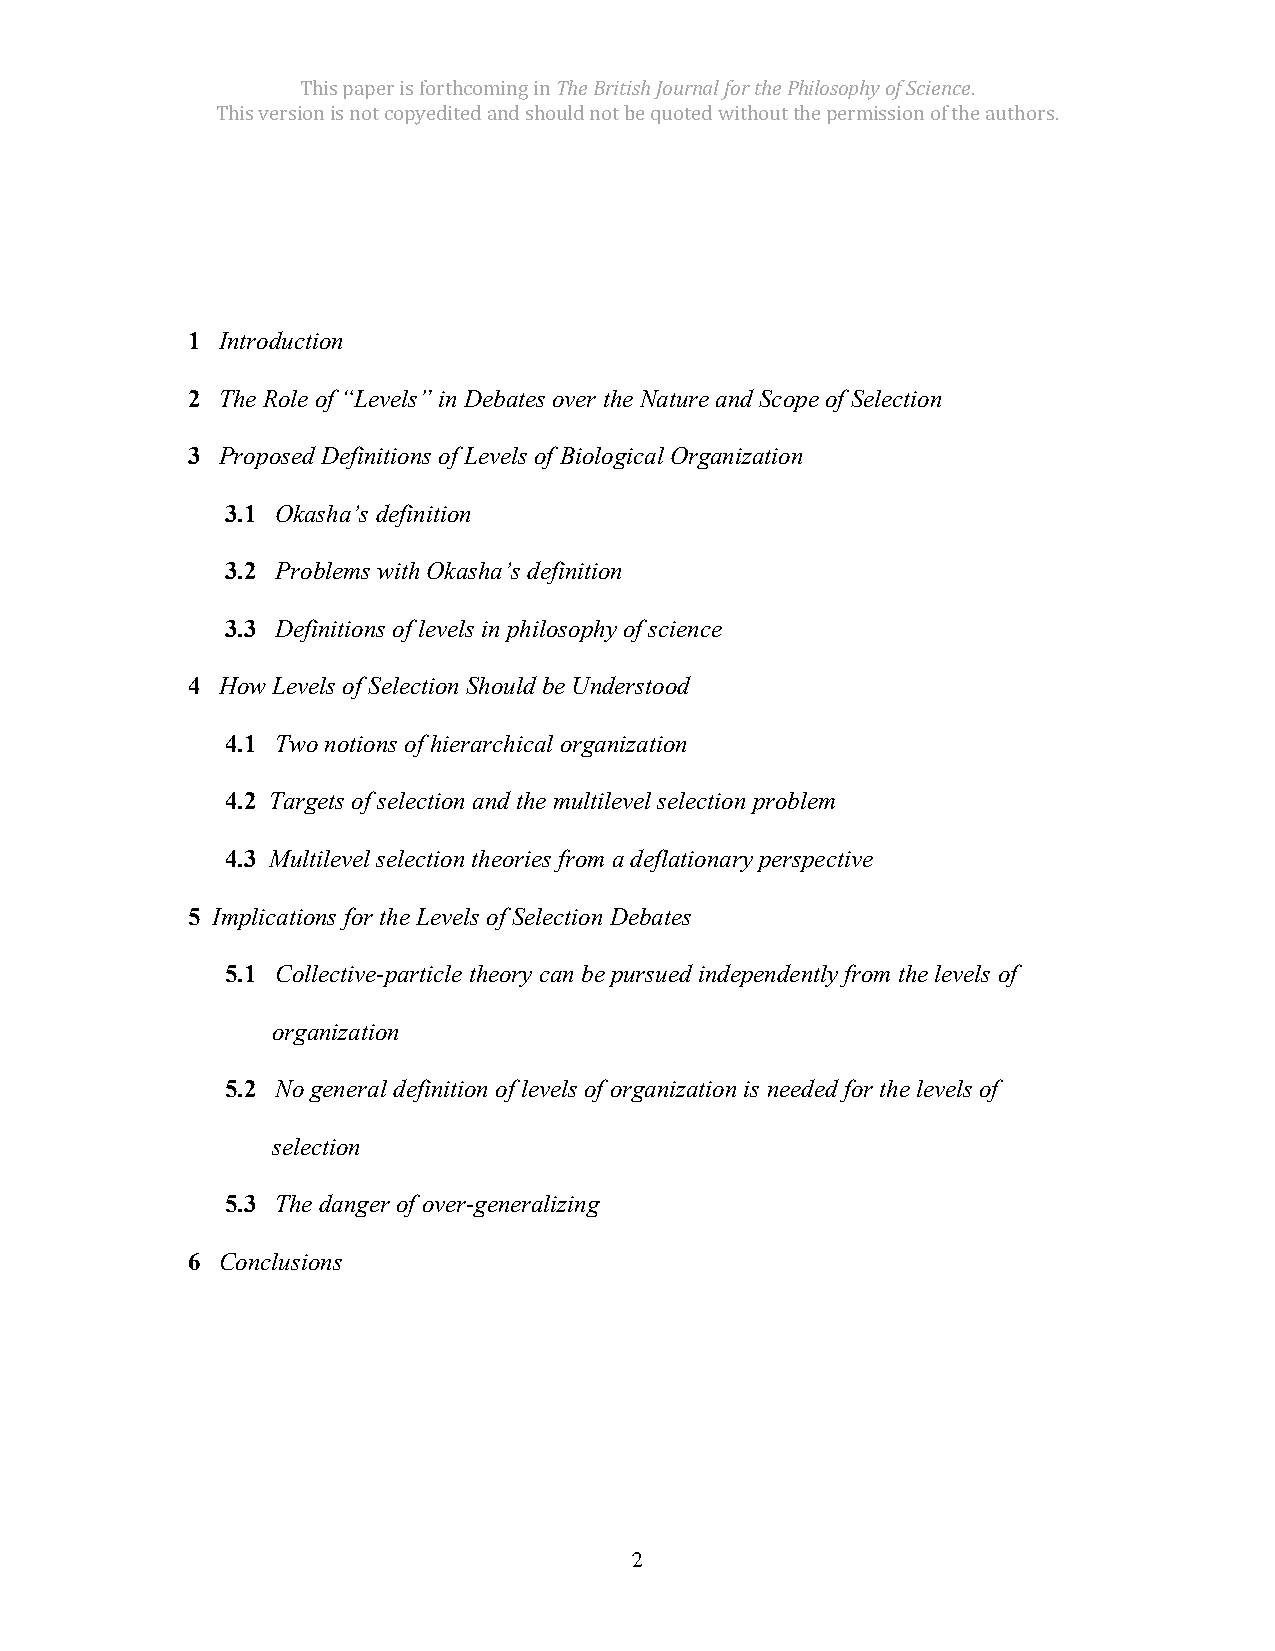
This paper is forthcoming in The British Journal for the Philosophy of Science.
 This version is not copyedited and should not be quoted without the permission of the authors.
 1 Introduction
 2 The Role of “Levels” in Debates over the Nature and Scope of Selection
 3 Proposed Definitions of Levels of Biological Organization
 3.1 Okasha’s definition
 3.2 Problems with Okasha’s definition
 3.3 Definitions of levels in philosophy of science
 4 How Levels of Selection Should be Understood
 4.1 Two notions of hierarchical organization
 4.2 Targets of selection and the multilevel selection problem
 4.3 Multilevel selection theories from a deflationary perspective
 5 Implications for the Levels of Selection Debates
 5.1 Collective-particle theory can be pursued independently from the levels of
 organization
 5.2 No general definition of levels of organization is needed for the levels of
 selection
 5.3 The danger of over-generalizing
 6 Conclusions
 2